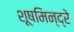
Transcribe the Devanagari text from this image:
शूषमिन्द्रे